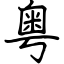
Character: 粤